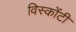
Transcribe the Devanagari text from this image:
विस्कोंटी